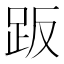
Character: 𧿨